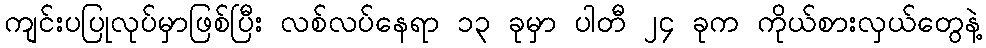
ကျင်းပပြုလုပ်မှာဖြစ်ပြီး လစ်လပ်နေရာ ၁၃ ခုမှာ ပါတီ ၂၄ ခုက ကိုယ်စားလှယ်တွေနဲ့